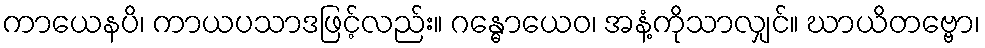
ကာယေနပိ၊ ကာယပသာဒဖြင့်လည်း။ ဂန္ဓောယေဝ၊ အနံ့ကိုသာလျှင်။ ဃာယိတဗ္ဗော၊